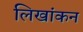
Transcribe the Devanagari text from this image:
लिखांकन